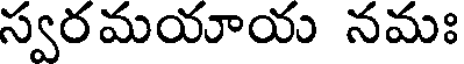
స్వరమయాయ నమః